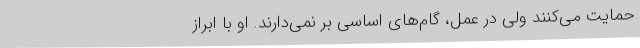
حمایت می‌کنند ولی در عمل، گام‌های اساسی بر نمی‌دارند. او با ابراز